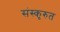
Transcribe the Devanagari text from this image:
संस्कृरुत